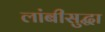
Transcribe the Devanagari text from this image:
लांबीसुद्धा